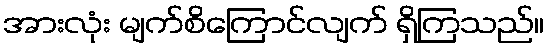
အားလုံး မျက်စိကြောင်လျက် ရှိကြသည်။